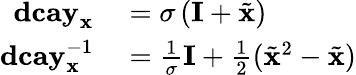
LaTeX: \begin{array}{rl}{\mathbf{dcay}_{\mathbf{x}}}&{{}=\sigma\left(\mathbf{I}+\tilde{\mathbf{x}}\right)}\\ {\mathbf{dcay}_{\mathbf{x}}^{-1}}&{{}=\frac{1}{\sigma}\mathbf{I}+\frac{1}{2}(\tilde{\mathbf{x}}^{2}-\tilde{\mathbf{x}})}\end{array}